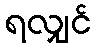
ရလျှင်